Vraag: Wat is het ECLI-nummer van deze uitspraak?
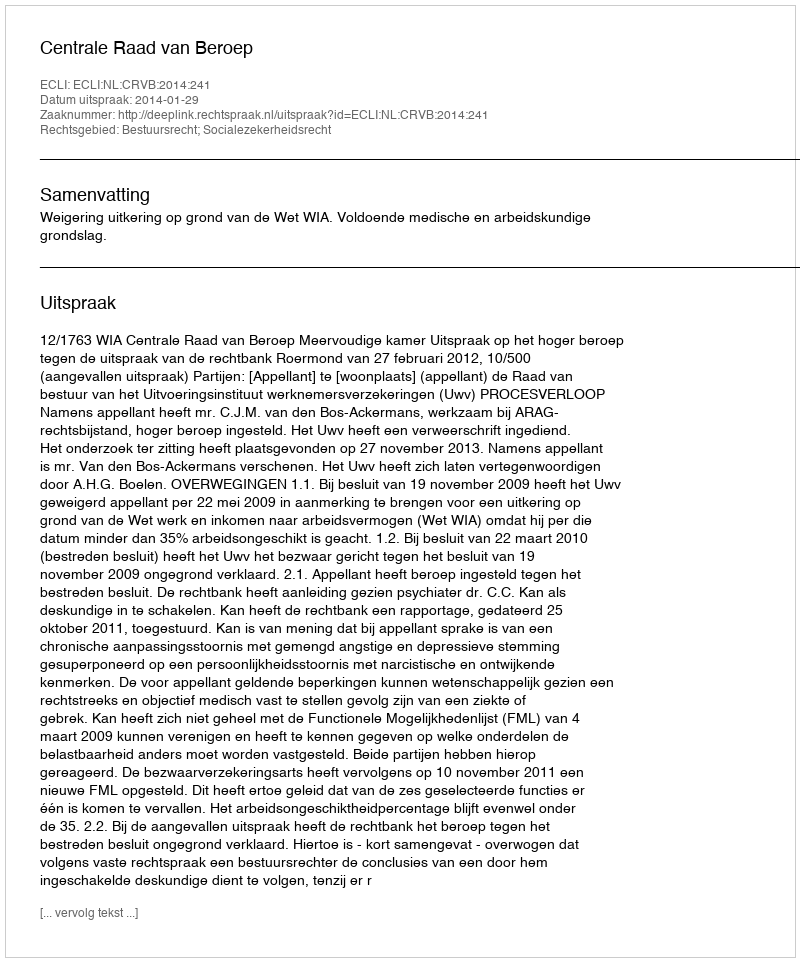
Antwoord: ECLI:NL:CRVB:2014:241